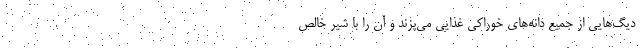
دیگ‌هایی از جمیع دانه‌های خوراکی غذایی می‌پزند و آن را با شیر خالص